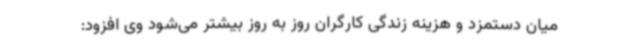
میان دستمزد و هزینه زندگی کارگران روز به روز بیشتر می‌شود وی افزود: